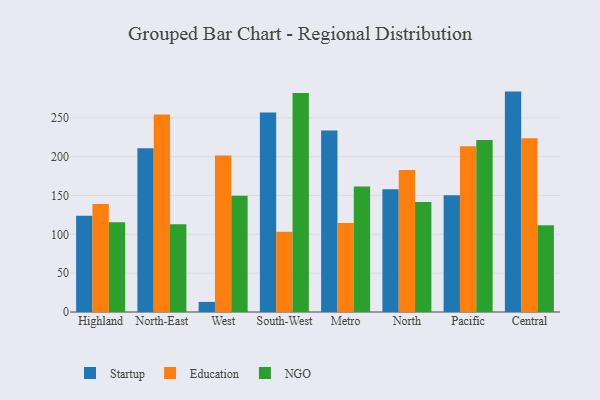
{"axis": {"x": "Region", "y": "Demand Index"}, "legend": ["Education", "NGO", "Startup"], "data": [{"x": "Highland", "y": 124.0, "type": "Startup"}, {"x": "Highland", "y": 139.1, "type": "Education"}, {"x": "Highland", "y": 115.5, "type": "NGO"}, {"x": "North-East", "y": 210.7, "type": "Startup"}, {"x": "North-East", "y": 254.3, "type": "Education"}, {"x": "North-East", "y": 113.1, "type": "NGO"}, {"x": "West", "y": 13.0, "type": "Startup"}, {"x": "West", "y": 201.5, "type": "Education"}, {"x": "West", "y": 149.7, "type": "NGO"}, {"x": "South-West", "y": 256.7, "type": "Startup"}, {"x": "South-West", "y": 103.4, "type": "Education"}, {"x": "South-West", "y": 281.8, "type": "NGO"}, {"x": "Metro", "y": 233.7, "type": "Startup"}, {"x": "Metro", "y": 114.6, "type": "Education"}, {"x": "Metro", "y": 161.4, "type": "NGO"}, {"x": "North", "y": 158.1, "type": "Startup"}, {"x": "North", "y": 182.8, "type": "Education"}, {"x": "North", "y": 141.7, "type": "NGO"}, {"x": "Pacific", "y": 150.2, "type": "Startup"}, {"x": "Pacific", "y": 213.3, "type": "Education"}, {"x": "Pacific", "y": 221.4, "type": "NGO"}, {"x": "Central", "y": 283.7, "type": "Startup"}, {"x": "Central", "y": 223.6, "type": "Education"}, {"x": "Central", "y": 111.8, "type": "NGO"}]}